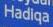
hadiqa